Indian journal of veterinary science and animal husbandry - Volume 7,
Year: 1937
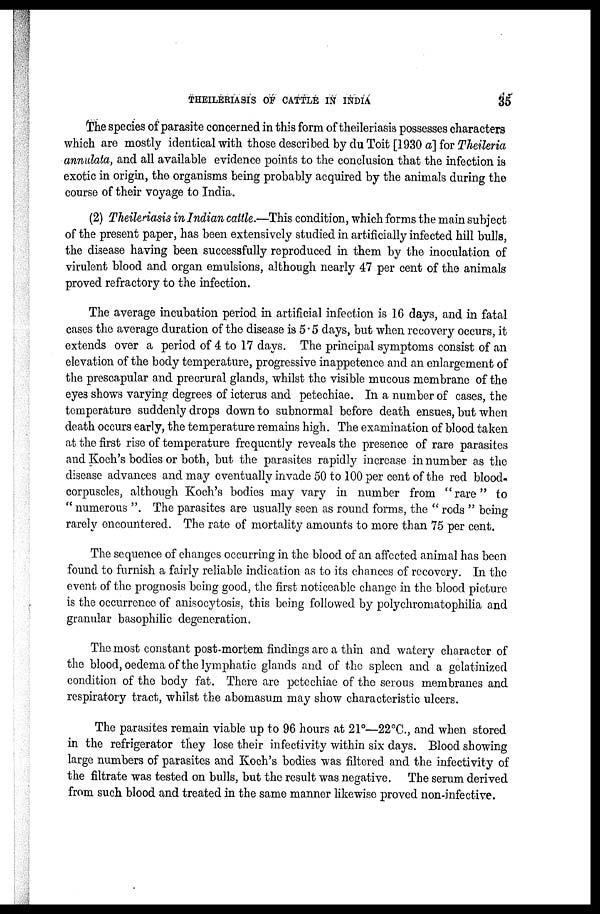
THEILERIASIS OF CATTLE IN INDIA
35
The species of parasite concerned in this form of theileriasis possesses characters
which are mostly identical with those described by du Toit [1930 a] for Theileria
annulata, and all available evidence points to the conclusion that the infection is
exotic in origin, the organisms being probably acquired by the animals during the
course of their voyage to India.
(2) Theileriasis in Indian cattle.—This condition, which forms the main subject
of the present paper, has been extensively studied in artificially infected hill bulls,
the disease having been successfully reproduced in them by the inoculation of
virulent blood and organ emulsions, although nearly 47 per cent of the animals
proved refractory to the infection.
The average incubation period in artificial infection is 16 days, and in fatal
cases the average duration of the disease is 5.5 days, but when recovery occurs, it
extends over a period of 4 to 17 days. The principal symptoms consist of an
elevation of the body temperature, progressive inappetence and an enlargement of
the prescapular and precrural glands, whilst the visible mucous membrane of the
eyes shows varying degrees of icterus and petechiae. In a number of cases, the
temperature suddenly drops down to subnormal before death ensues, but when
death occurs early, the temperature remains high. The examination of blood taken
at the first rise of temperature frequently reveals the presence of rare parasites
and Koch's bodies or both, but the parasites rapidly increase in number as the
disease advances and may eventually invade 50 to 100 per cent of the red blood-
corpuscles, although Koch's bodies may vary in number from "rare" to
" numerous ". The parasites are usually seen as round forms, the " rods " being
rarely encountered. The rate of mortality amounts to more than 75 per cent.
The sequence of changes occurring in the blood of an affected animal has been
found to furnish a fairly reliable indication as to its chances of recovery. In the
event of the prognosis being good, the first noticeable change in the blood picture
is the occurrence of anisocytosis, this being followed by polychromatophilia and
granular basophilic degeneration.
The most constant post-mortem findings are a thin and watery character of
the blood, oedema of the lymphatic glands and of the spleen and a gelatinized
condition of the body fat. There are petechiae of the serous membranes and
respiratory tract, whilst the abomasum may show characteristic ulcers.
The parasites remain viable up to 96 hours at 21°—22°C., and when stored
in the refrigerator they lose their infectivity within six days. Blood showing
large numbers of parasites and Koch's bodies was filtered and the infectivity of
the filtrate was tested on bulls, but the result was negative. The serum derived
from such blood and treated in the same manner likewise proved non-infective.